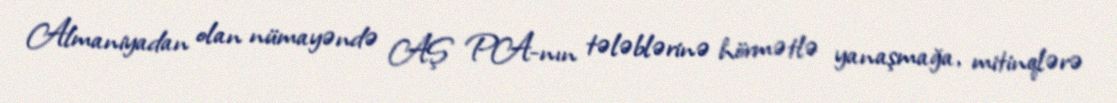
Almaniyadan olan nümayəndə AŞ PA-nın tələblərinə hörmətlə yanaşmağa, mitinqlərə